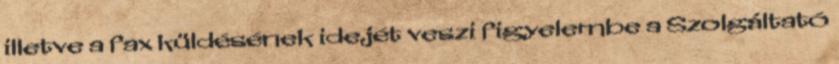
illetve a fax küldésének idejét veszi figyelembe a Szolgáltató